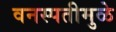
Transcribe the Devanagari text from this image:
वनस्पतीमुळे